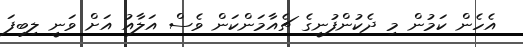
އެހެން ކަމުން މި ދެކުންފުނީގެ ޗެއާމަންކަން ވެސް އަލާއު އަށް ވަނީ ލިބިފަ